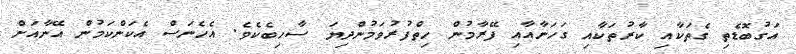
އަގުބޮޑެތި ގެތަކާއި ކާރުތަކާއި ގަހަނާއާއި ފޭރާމުން ހިތްފުރުވަމުންދިޔަ ސާހިބެކެވެ. އެހެނަސް އެކަންކަމުން އޭނާއަށް